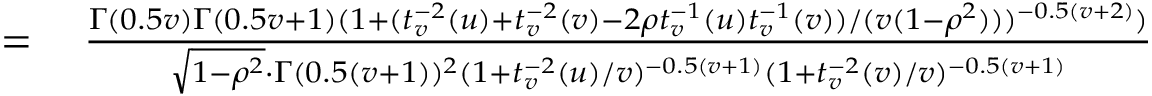
\begin{array} { r l } { = { } } & { { } { \frac { \Gamma ( 0 . 5 v ) \Gamma ( 0 . 5 v + 1 ) ( 1 + ( t _ { v } ^ { - 2 } ( u ) + t _ { v } ^ { - 2 } ( v ) - 2 \rho t _ { v } ^ { - 1 } ( u ) t _ { v } ^ { - 1 } ( v ) ) / ( v ( 1 - \rho ^ { 2 } ) ) ) ^ { - 0 . 5 ( v + 2 ) } ) } { { \sqrt { 1 - \rho ^ { 2 } } } \cdot \Gamma ( 0 . 5 ( v + 1 ) ) ^ { 2 } ( 1 + t _ { v } ^ { - 2 } ( u ) / v ) ^ { - 0 . 5 ( v + 1 ) } ( 1 + t _ { v } ^ { - 2 } ( v ) / v ) ^ { - 0 . 5 ( v + 1 ) } } } } \end{array}